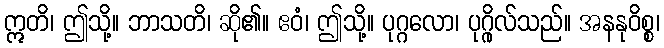
ဣတိ၊ ဤသို့။ ဘာသတိ၊ ဆို၏။ ဧဝံ၊ ဤသို့။ ပုဂ္ဂလော၊ ပုဂ္ဂိုလ်သည်။ အနနုဝိစ္စ၊